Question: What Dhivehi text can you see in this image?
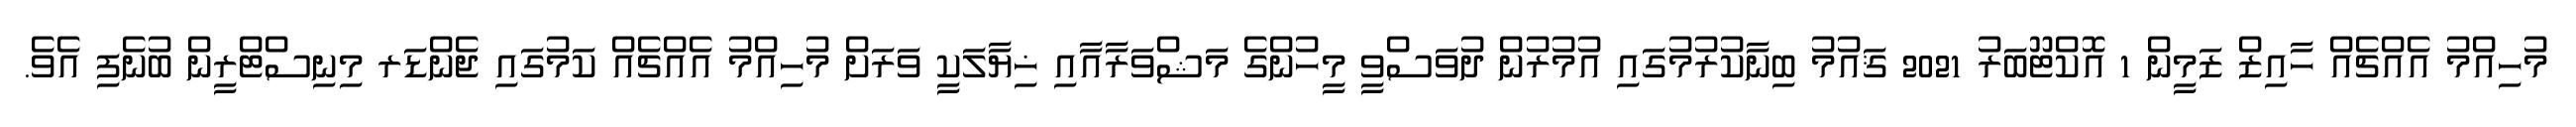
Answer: މުހިއްމު އެއްޗެއް ހާއިޒް ޒަމީން 1 އޮކްޓޫބަރު 2021 ޤައުމު ބިނާކުރުމުގައި އުމުރުން ދުވަސްވީ މީހުންގެ މަޝްވަރާއާއި ޚިޔާލަކީ ވަރަށް މުހިއްމު އެއްޗެއް ކަމުގައި ޖެންޑަރ މިނިސްޓްރީން ބުނެފި އެވެ.